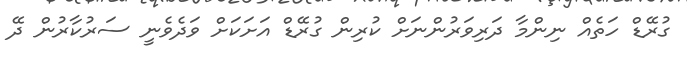
ގުރޭޑް ހަތެއް ނިންމާ ދަރިވަރުންނަށް ކުރިން ގުރޭޑް އަށަކަށް ވަދެވެނީ ސަރުކާރުން ދޭ